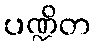
ပဏ္ဍိတ